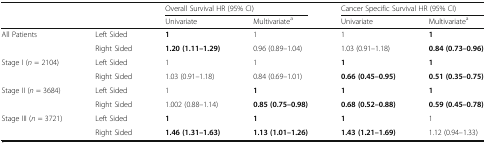
| <ROWSPAN=2>  | <ROWSPAN=2>  | <COLSPAN=2> Overall Survival HR (95% CI) | <COLSPAN=2> Cancer Specific Survival HR (95% CI) |
 | Univariate | Multivariatea | Univariate | Multivariatea |
 | --- | --- | --- | --- | --- | --- |
 | <ROWSPAN=2> All Patients | Left Sided | 1 | 1 | 1 | 1 |
 | Right Sided | 1.20 (1.11–1.29) | 0.96 (0.89–1.04) | 1.03 (0.91–1.18) | 0.84 (0.73–0.96) |
 | <ROWSPAN=2> Stage I (n = 2104) | Left Sided | 1 | 1 | 1 | 1 |
 | Right Sided | 1.03 (0.91–1.18) | 0.84 (0.69–1.01) | 0.66 (0.45–0.95) | 0.51 (0.35–0.75) |
 | <ROWSPAN=2> Stage II (n = 3684) | Left Sided | 1 | 1 | 1 | 1 |
 | Right Sided | 1.002 (0.88–1.14) | 0.85 (0.75–0.98) | 0.68 (0.52–0.88) | 0.59 (0.45–0.78) |
 | <ROWSPAN=2> Stage III (n = 3721) | Left Sided | 1 | 1 | 1 | 1 |
 | Right Sided | 1.46 (1.31–1.63) | 1.13 (1.01–1.26) | 1.43 (1.21–1.69) | 1.12 (0.94–1.33) |